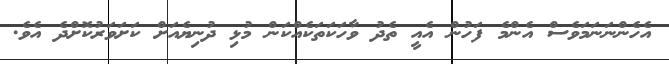
އެހެންނަނަމަވެސް އެންމެ ފަހުން އެއީ ތެދު ވާހަކަތަކެއްކަން މުޅި ދުނިޔެއަށް ކަށަވަރުކޮށްދެ އެވެ.